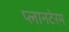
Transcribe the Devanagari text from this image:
प्लानटेरम